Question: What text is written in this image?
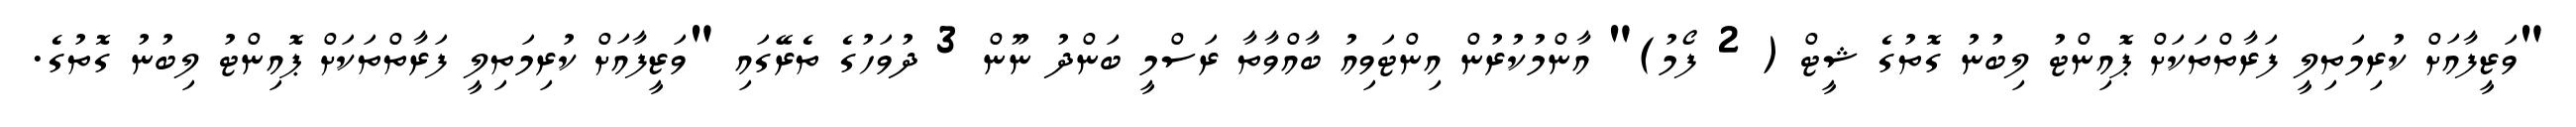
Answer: "ވަޒީފާއަށް ކުރިމަތިލީ ފަރާތްތަކަށް ޕޮއިންޓު ލިބުނު ގޮތުގެ ޝީޓް ( 2 ފޯމު)" އާންމުކުރުން އިންޓަވިއު ބާއްވާތާ ރަސްމީ ބަންދު ނޫން 3 ދުވަހުގެ ތެރޭގައި "ވަޒީފާއަށް ކުރިމަތިލީ ފަރާތްތަކަށް ޕޮއިންޓު ލިބުނު ގޮތުގެ.